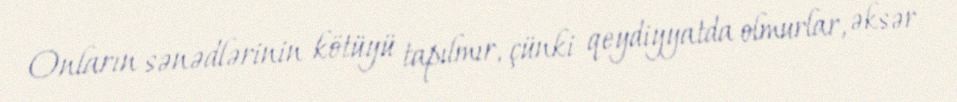
Onların sənədlərinin kötüyü tapılmır, çünki qeydiyyatda olmurlar, əksər